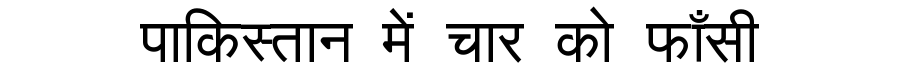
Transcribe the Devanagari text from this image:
पाकिस्तान में चार को फाँसी